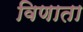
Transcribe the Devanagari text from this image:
विणाता